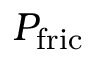
P _ { \mathrm { f r i c } }